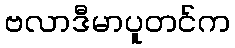
ဗလာဒီမာပူတင်က